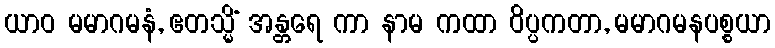
ယာဝ မမာဂမနံ, ဧတသ္မိံ အန္တရေ ကာ နာမ ကထာ ဝိပ္ပကတာ, မမာဂမနပစ္စယာ